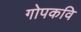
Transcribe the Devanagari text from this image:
गोपकवि